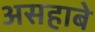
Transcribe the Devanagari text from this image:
असहाबे